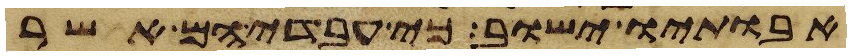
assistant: אבתיו ישוב כי עבדיהם אשר